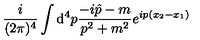
\frac { i } { ( 2 \pi ) ^ { 4 } } \int { \mathrm d } ^ { 4 } p \frac { - i \hat { p } - m } { p ^ { 2 } + m ^ { 2 } } e ^ { i p ( x _ { 2 } - x _ { 1 } ) }